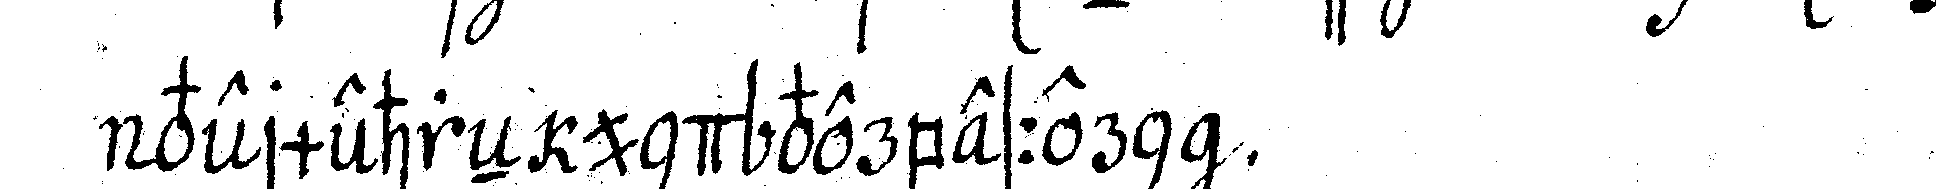
vermehreN und verbessern .